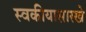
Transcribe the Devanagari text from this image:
स्वकीयासारखे